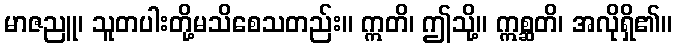
မာဇညူ၊ သူတပါးတို့မသိစေသတည်း။ ဣတိ၊ ဤသို့။ ဣစ္ဆတိ၊ အလိုရှိ၏။